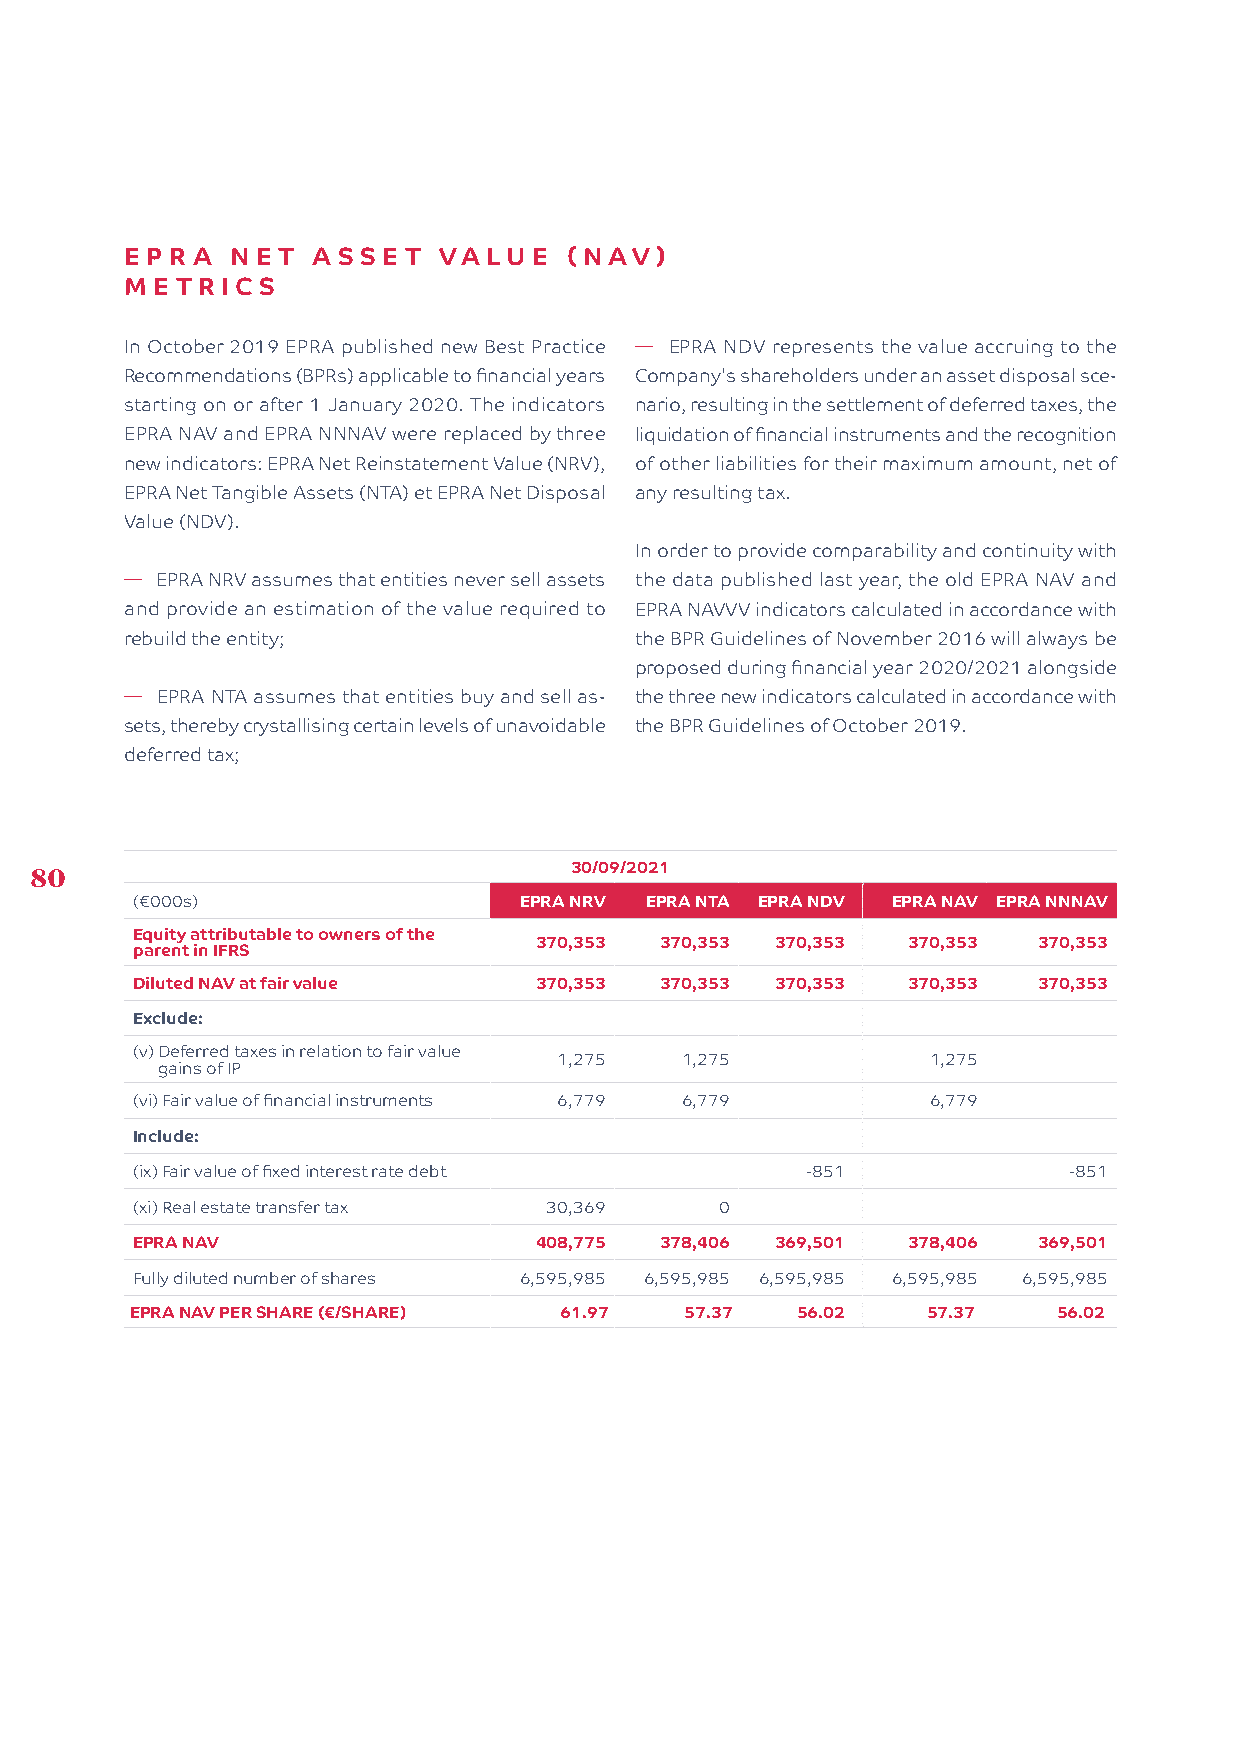
EPR  A NET   A SSET  VALUE    (NAV)
 MET  RIC S
 In October 2019 EPRA published new Best Practice � EPRA NDV represents the value accruing to the
 Recommendations (BPRs) applicable to financial years Company's shareholders under an asset disposal sce-
 starting on or after 1 January 2020. The indicators nario, resulting in the settlement of deferred taxes, the
 EPRA NAV and EPRA NNNAV were replaced by three liquidation of financial instruments and the recognition
 new indicators: EPRA Net Reinstatement Value (NRV), of other liabilities for their maximum amount, net of
 EPRA Net Tangible Assets (NTA) et EPRA Net Disposal any resulting tax.
 Value (NDV).
 In order to provide comparability and continuity with
 � EPRA NRV assumes that entities never sell assets the data published last year, the old EPRA NAV and
 and provide an estimation of the value required to EPRA NAVVV indicators calculated in accordance with
 rebuild the entity;               the BPR Guidelines of November 2016 will always be
 proposed during financial year 2020/2021 alongside
 � EPRA NTA assumes that entities buy and sell as- the three new indicators calculated in accordance with
 sets, thereby crystallising certain levels of unavoidable the BPR Guidelines of October 2019.
 deferred tax;
 30/09/2021
 80
 (€000s)                  EPRA NRV EPRA NTA EPRA NDV EPRA NAV EPRA NNNAV
 Equity attributable to owners of the
 370,353  370,353 370,353 370,353  370,353
 parent in IFRS
 Diluted NAV at fair value 370,353  370,353 370,353 370,353  370,353
 Exclude:
 (v) Deferred taxes in relation to fair value
 1,275   1,275            1,275
 gains of IP
 (vi) Fair value of financial instruments 6,779 6,779 6,779
 Include:
 (ix) Fair value of fixed interest rate debt -851              -851
 (xi) Real estate transfer tax 30,369   0
 EPRA NAV                  408,775  378,406 369,501 378,406  369,501
 Fully diluted number of shares 6,595,985 6,595,985 6,595,985 6,595,985 6,595,985
 EPRA NAV PER SHARE (€/SHARE) 61.97  57.37   56.02   57.37    56.02